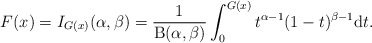
\begin{align*}F(x)=I_{G(x)}(\alpha,\beta)=\frac{1}{\mathrm{B}(\alpha,\beta)}\int_0^{G(x)}t^{\alpha-1}(1-t)^{\beta-1}\mathrm{d}t.\end{align*}